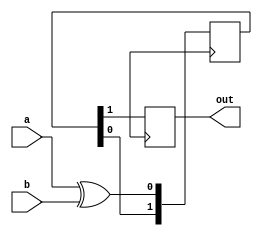
module xor_gate_delay (
    input wire a,
    input wire b,
    output reg out
);

reg [1:0] delay;

always @(posedge clk) begin
    delay <= {delay[0], a ^ b};
end

always @(posedge clk) begin
    out <= delay[1];
end

endmodule